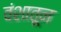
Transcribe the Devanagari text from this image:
वंशातून